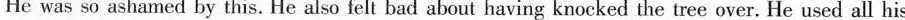
He was so ashamed by this. He also felt bad about having knocked the tree over. He used all his